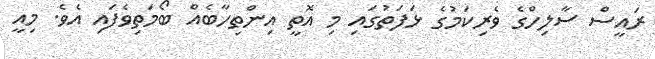
ރައީސް ސާލިހްގެ ވެރިކަމުގެ ޅަފަތުގައި މި އޮތީ އިންތިހާބެއް ބޯމަތިވެފައި އެވެ. މިއީ